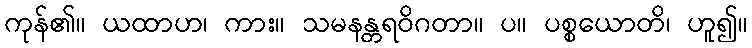
ကုန်၏။ ယထာဟ၊ ကား။ သမနန္တရဝိဂတာ။ ပ။ ပစ္စယောတိ၊ ဟူ၍။